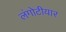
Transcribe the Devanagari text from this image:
लंगोटीयार